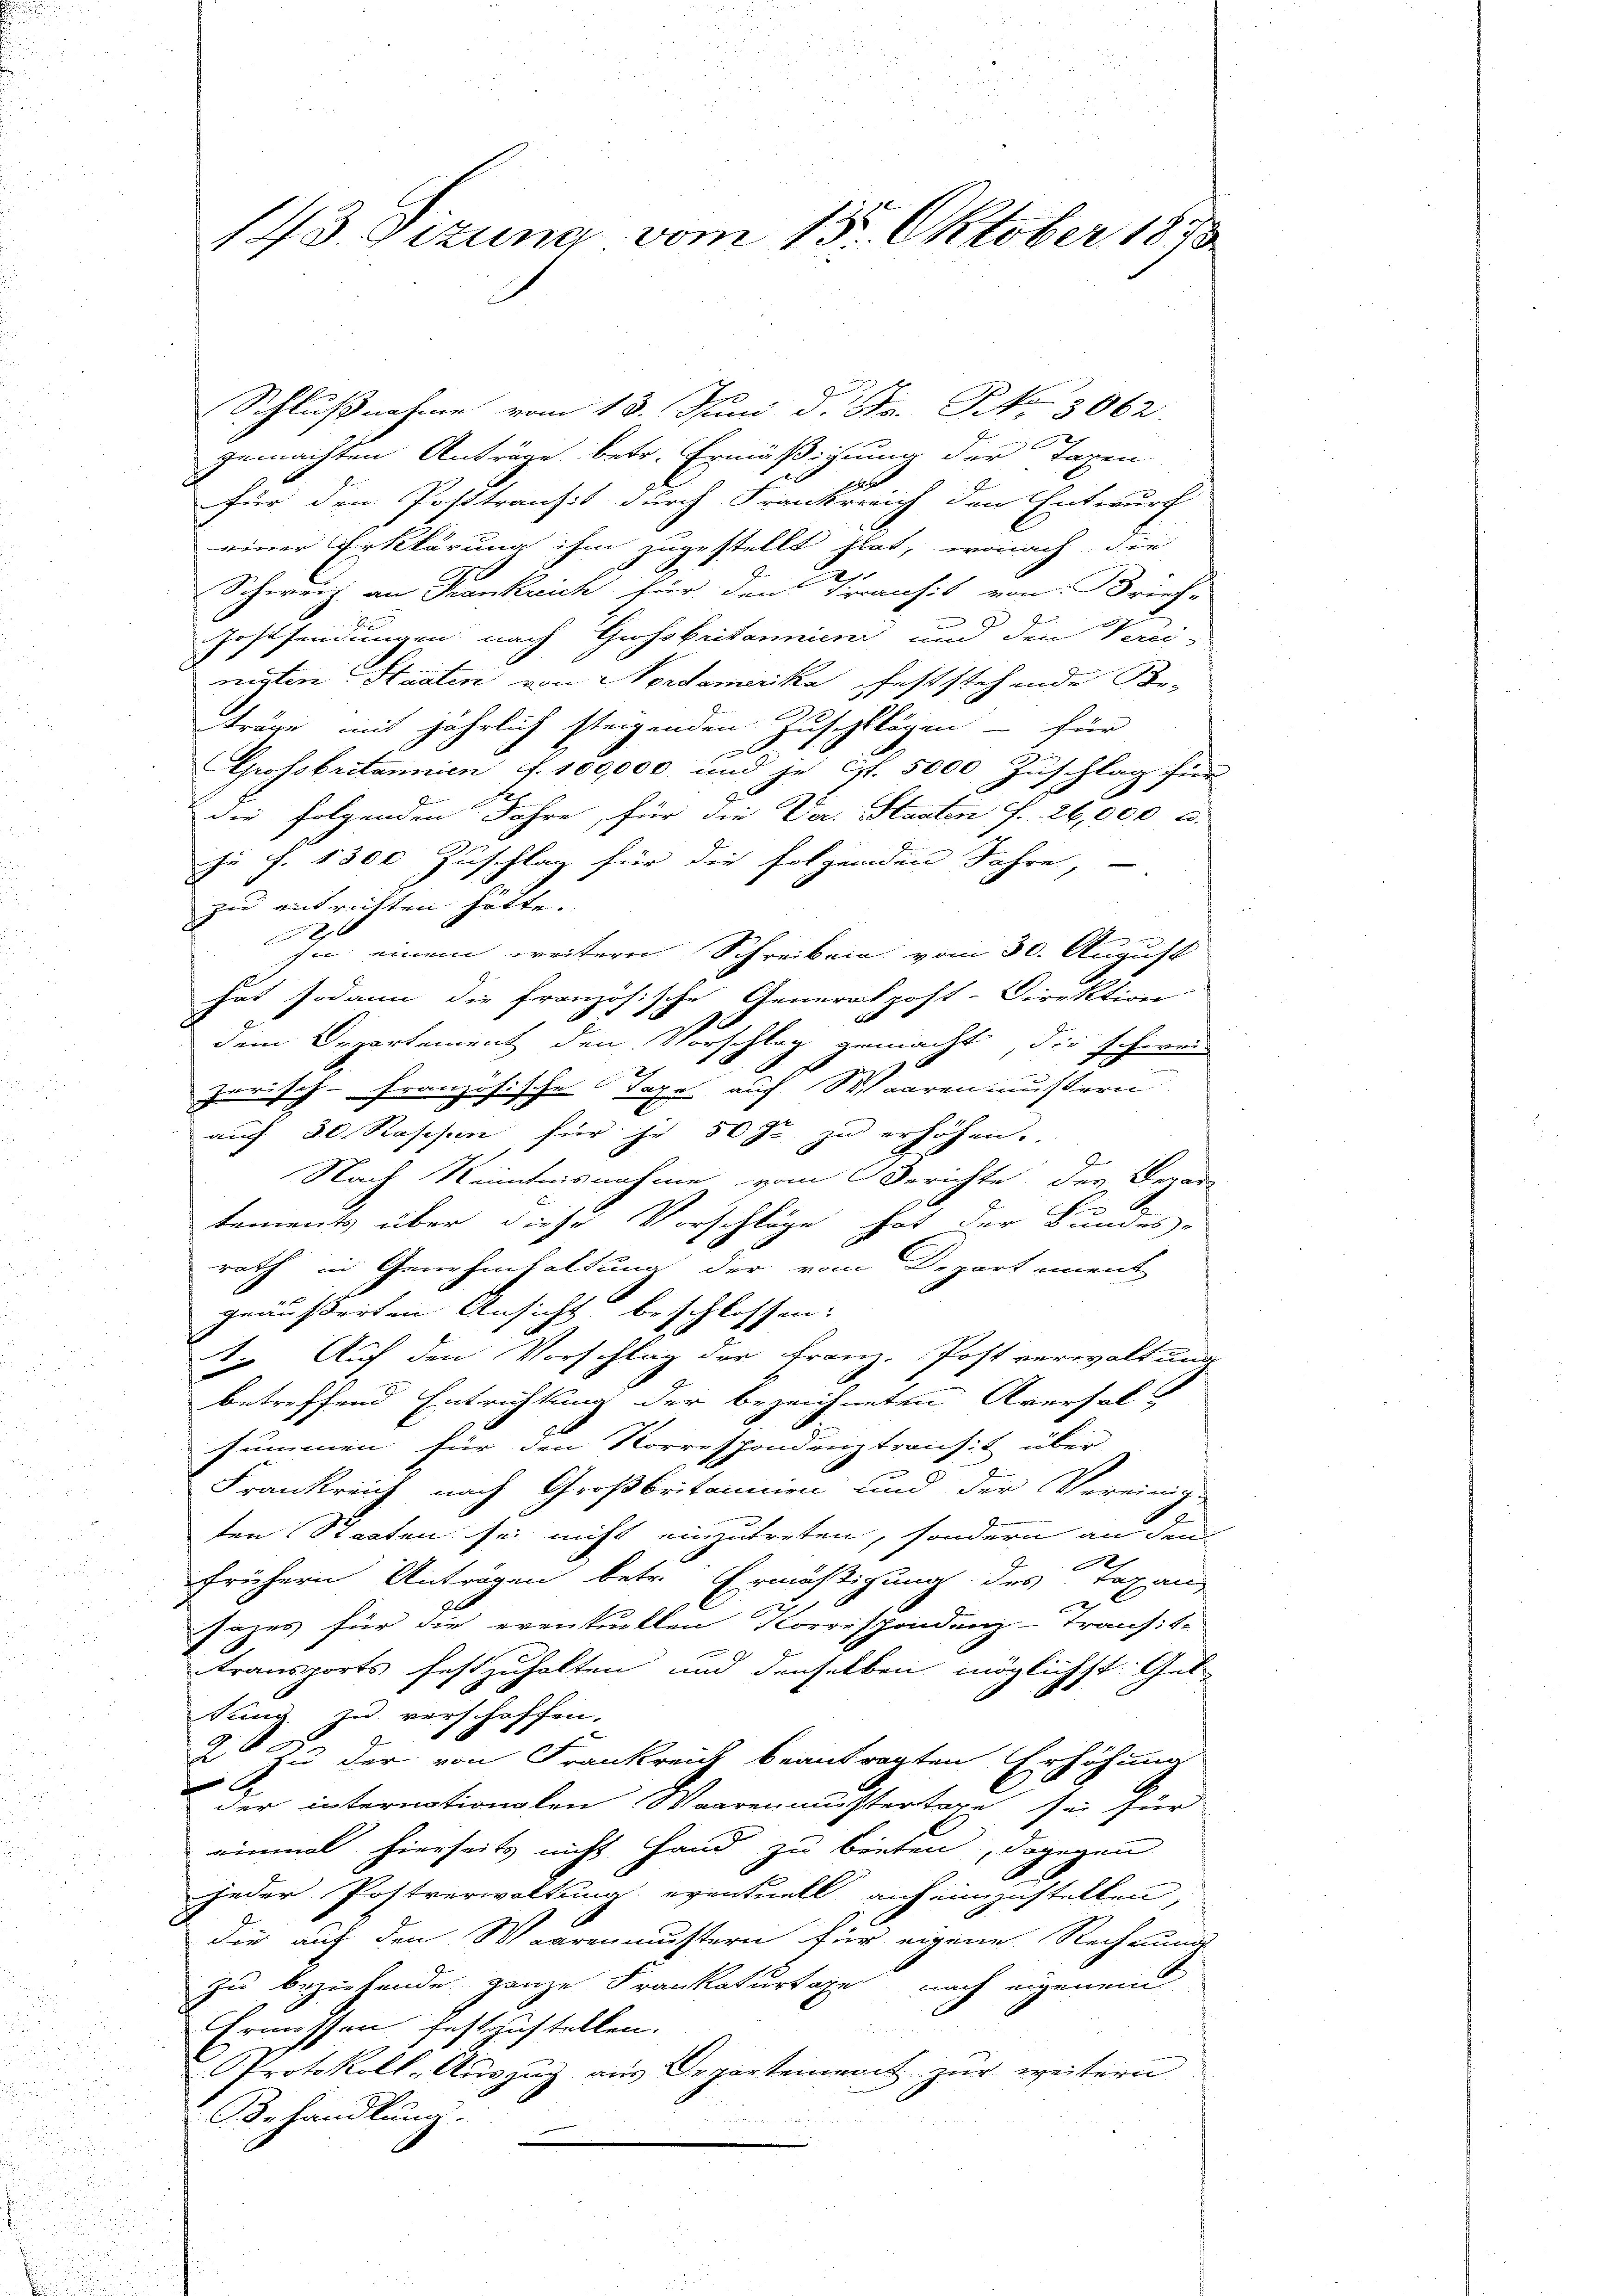
143. Sizung vom 15. Oktober 1833.

Schlussnahme vom 13. Juni d. Hr. P. 3062.
gemachten Anträge betr. Ermäßigung der Taxen
für den Posttranzis durch Frankreich den Entwurf
einer Erklärung ihm zugestellt hat, wonach die
Schweiz an Krankreich für den Turansit von Brief-
Gessendungen nach Grossbritannien und den Verei-
nigten Staaten von Nordamerika, feststehende For-
träge mit jährlich steigenden Zuschlägen - für
e
Grossbritannien f. 100,000 und je ist. 5000 Zuschlag für
die folgenden Jahre, für die Ver. Staaten fr. 26,000 c.
zu S. 1800 Zuschlag für die folgenden Jahre
zu entrichten hätte.
4
In einem weitern Schreiben vom 30. August
hat sodann die französische Generalpost-Direktion

dem Departement den Vorschlag gemacht, die schwei
zerisch-Französische Taxe auf Staaren mussern
auf 30. Raschen für je 50 Fr. zu erhöhen.
Nach Kenntnisnahme vom Berichte der Depar-
tements über diese Vorschläge hat der Bundes-
rath in Genehmhaltung der vom Departement
geäußerten Ansicht beschlossen:
1. Auf den Vorschlag der Franz. Post verwaltung
betreffend Entrichtung der bezeichneten Aversal-
summen für den Korrespondenz transit über
Frankreich nach Großbritannien und der Vereinig-
ten Staaten sei nicht einzutreten, sondern an den
frühern Anträgen betr. Ermäßigung des Taxan
Tages für die eventuellen Korrespondenz-Transte
transports festzuhalten und denselben möglichst Gel-
Juna zu verschoffen.
2. Zu der von Frankreich beantragten Erhöhung
der internationalen Waarenmustertage sei für
einmal hierseits nicht Hand zu bieten, dagegen
jeder Postverwaltung eventuell auf einzustellen,
Die auf den Maurenmustern für eigene Rechnunge
zie beziehende ganze Frankaturtage nach eigenem
Ermessen festzustellen.
Protokoll-Auszug aus Departement zur weitern
Behandlung.